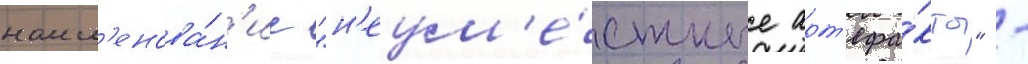
наим'енова́н'ие "н'еум'е́стные арт'ефа́кты" -